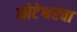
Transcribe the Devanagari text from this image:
कोटेश्वरचा